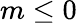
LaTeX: m\leq 0